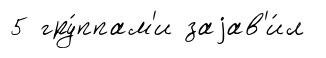
5 гру́ппам'и заjав'и́л